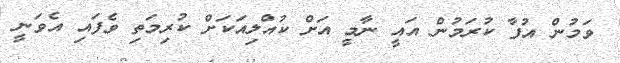
ވަމުން އުފާ ކުރަމުން އައީ ނާމީ އަށް ކުއްލިއަކަށް ކުރިމަތި ވެފައި އެވަނީ